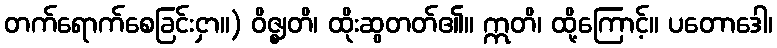
တက်ရောက်စေခြင်းငှာ။) ဝိဇ္ဈတိ၊ ထိုးဆွတတ်၏။ ဣတိ၊ ထို့ကြောင့်။ ပတောဒေါ၊